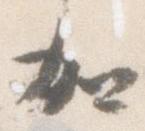
加